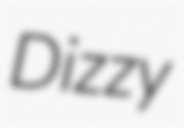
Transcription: Dizzy